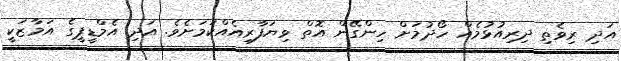
އަދި ރިވެތި ދިރިއުޅުމެއް ހޯދުމަށް ހިންގޭން އޮތް ވިޔަފާރިއެއްކަމަށެވެ. އަދި އެމްޑީޕީގެ އަމާޒަކީ